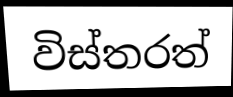
විස්තරත්